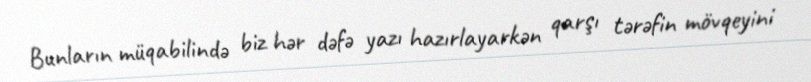
Bunların müqabilində biz hər dəfə yazı hazırlayarkən qarşı tərəfin mövqeyini